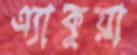
এ্যাকুয়া